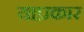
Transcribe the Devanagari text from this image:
याप्रकार